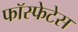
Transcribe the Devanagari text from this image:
फॉस्फेटेस